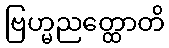
ဗြဟ္မညတ္ထောတိ